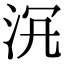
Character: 𣳞